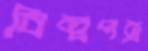
বিল্বপত্র